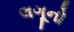
લગૂનો